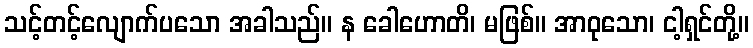
သင့်တင့်လျောက်ပသော အခါသည်။ န ခေါဟောတိ၊ မဖြစ်။ အာဝုသော၊ ငါ့ရှင်တို့။